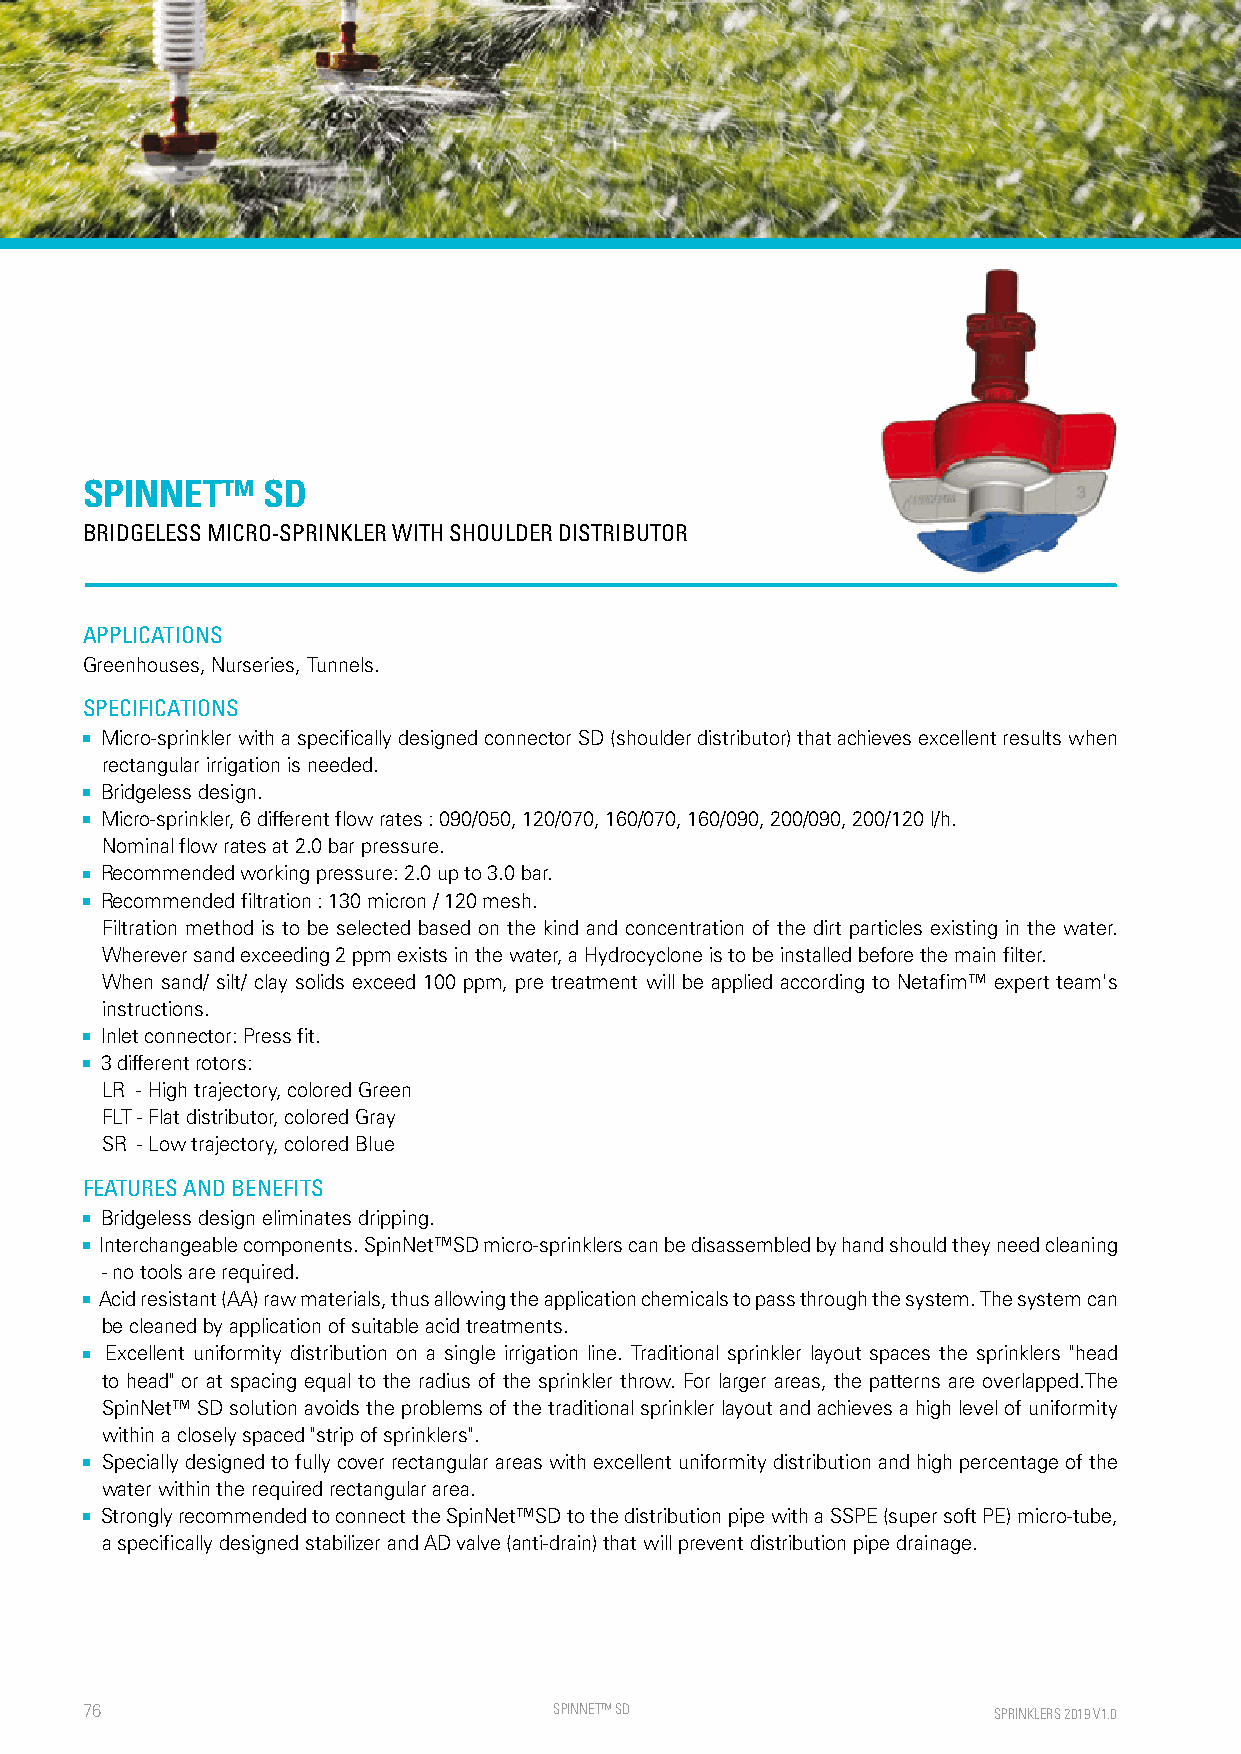
SPINNET™    SD
 BRIDGELESS MICRO-SPRINKLER WITH SHOULDER DISTRIBUTOR
 APPLICATIONS
 Greenhouses, Nurseries, Tunnels.
 SPECIFICATIONS
 ■ Micro-sprinkler with a specifically designed connector SD (shoulder distributor) that achieves excellent results when
 rectangular irrigation is needed.
 ■ Bridgeless design.
 ■ Micro-sprinkler, 6 different flow rates : 090/050, 120/070, 160/070, 160/090, 200/090, 200/120 l/h.
 Nominal flow rates at 2.0 bar pressure.
 ■ Recommended working pressure: 2.0 up to 3.0 bar.
 ■ Recommended filtration : 130 micron / 120 mesh.
 Filtration method is to be selected based on the kind and concentration of the dirt particles existing in the water.
 Wherever sand exceeding 2 ppm exists in the water, a Hydrocyclone is to be installed before the main filter.
 When sand/ silt/ clay solids exceed 100 ppm, pre treatment will be applied according to Netafim™ expert team's
 instructions.
 ■ Inlet connector: Press fit.
 ■ 3 different rotors:
 LR - High trajectory, colored Green
 FLT - Flat distributor, colored Gray
 SR - Low trajectory, colored Blue
 FEATURES AND BENEFITS
 ■ Bridgeless design eliminates dripping.
 ■ Interchangeable components. SpinNet™SD micro-sprinklers can be disassembled by hand should they need cleaning
 - no tools are required.
 ■ Acid resistant (AA) raw materials, thus allowing the application chemicals to pass through the system. The system can
 be cleaned by application of suitable acid treatments.
 ■ Excellent uniformity distribution on a single irrigation line. Traditional sprinkler layout spaces the sprinklers "head
 to head" or at spacing equal to the radius of the sprinkler throw. For larger areas, the patterns are overlapped.The
 SpinNet™ SD solution avoids the problems of the traditional sprinkler layout and achieves a high level of uniformity
 within a closely spaced "strip of sprinklers".
 ■ Specially designed to fully cover rectangular areas with excellent uniformity distribution and high percentage of the
 water within the required rectangular area.
 ■ Strongly recommended to connect the SpinNet™SD to the distribution pipe with a SSPE (super soft PE) micro-tube,
 a specifically designed stabilizer and AD valve (anti-drain) that will prevent distribution pipe drainage.
 76                              SPINNE T™ SD                 SPRINKLERS 2019 V1.0